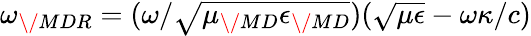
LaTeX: \omega_{\/ {MDR}}=(\omega/\sqrt{\mu_{\/ {MD}}\epsilon_{\/ {MD}}})(\sqrt{\mu\epsilon}-\omega\kappa/c)